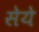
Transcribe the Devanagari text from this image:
सेये